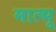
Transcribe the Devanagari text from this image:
मात्सू